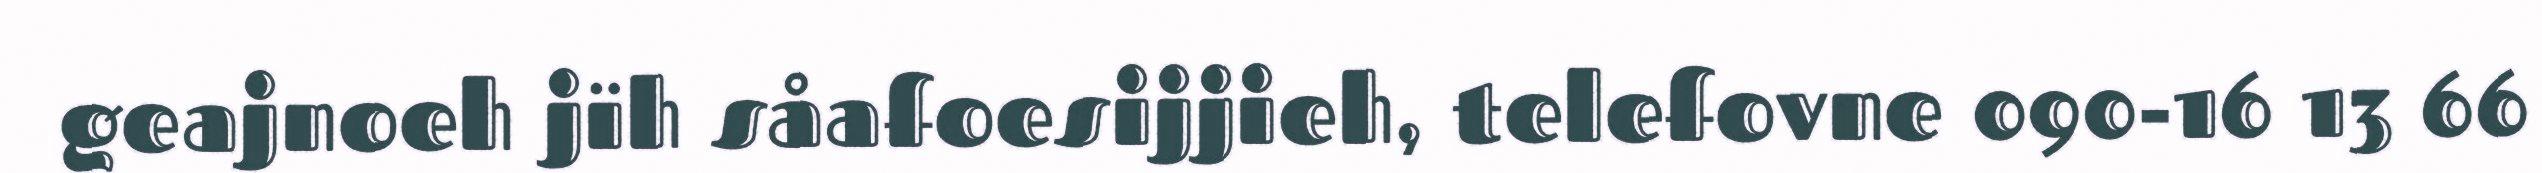
geajnoeh jïh såafoesijjieh, telefovne 090-16 13 66